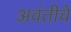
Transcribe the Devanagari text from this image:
अवंतीचे